Insane asylums in Bengal annual reports 1876-1887 - 1876-1887
Year: 1876
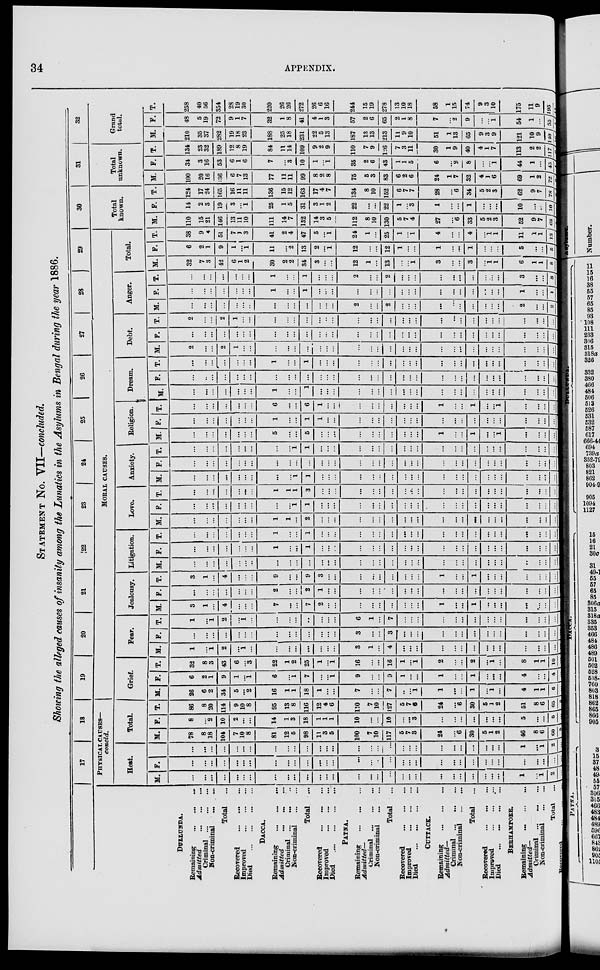
34
APPENDIX.
STATEMENT No. VII—concluded.
Showing the alleged causes of insanity among the Lunatics in the Asylums in Bengal during the year 1886.
DULLUNDA.
Remaining
...
...
...
Admitted
...
...
...
Criminal ... ... ...
Non-criminal
...
...
Total ...
Recovered
...
...
...
Improved
...
...
...
Died ... ... ... ...
DACCA.
Remaining
...
...
...
Admitted
...
...
...
Criminal ... ... ...
Non-criminal
...
...
Total ...
Recovered
...
...
...
Improved
...
...
...
Died
...
...
...
...
PATNA.
Remaining
...
...
...
Admitted—
Criminal ... ... ...
Non-criminal
...
...
Total ...
Recovered
...
...
...
Improved
...
...
...
Died
...
...
...
...
CUTTACK.
Remaining ... ... ...
Admitted—
Criminal ... ... ...
Non-criminal
...
...
Total ...
Recovered
...
...
...
Improved
...
...
...
Died
...
...
...
...
BERHAMPORE.
Remaining
...
...
...
Admitted—
Criminal ... ... ...
Non-criminal
...
...
Total ...
Recovered ... ...
17
18
PHYSICAL CAUSES—
concld.
Heat.
M.
...
...
...
...
...
...
...
...
...
...
...
...
...
...
...
...
...
...
...
...
...
...
...
...
...
...
...
...
1
...
1
2 ...
F.
...
...
...
...
...
...
...
...
...
...
...
...
...
...
...
...
...
...
...
...
...
...
...
...
...
...
...
...
...
...
...
...
...
T.
...
...
...
...
...
...
...
...
...
...
...
...
...
...
...
...
...
...
...
...
...
...
...
...
...
...
...
...
1
...
1
2 ...
Total.
M.
78
8
18
104
7
10
8
81
12
5
98
11
3
5
100
7
10
117
5
7
3
24
...
6
30
5
1
2
46
8
6
60
5
F
8
...
2
10
2
...
...
14
1
3
18
1
1
1
10
...
...
10
...
...
3
...
...
...
...
...
...
...
5
...
...
5
...
T.
86
8
20
114
9
10
8
95
13
8
116
12
4
6
110
7
10
127
5
7
6
24
...
6
30
5
1
2
51
8
6
65
5
19
20
21
22
23
24
25
26
27
28
29
MORAL CAUSES.
Grief.
M.
26
6
2
34
5
...
2
16
1
1
18
1
...
...
7
...
...
7
...
...
1
1
...
...
1
...
1
...
4
1
1
6
F
6
2
1
9
1
...
1
6
...
1
7
...
...
1
9
...
...
9
1
...
...
1
...
...
1
...
...
...
4
...
...
4
T.
32
8
3
43
6
...
3
22
1
2
25
1
...
1
16
...
...
16
1
...
1
2
...
...
2
...
1
...
8
1
1
10
Fear.
M.
1
...
1
2
...
1
...
...
...
...
...
...
...
...
3
1
...
4
...
...
...
...
...
...
...
...
...
...
...
...
...
...
F.
...
...
...
...
...
...
...
...
...
...
...
...
...
...
3
...
...
3
...
...
...
...
...
...
...
...
...
...
...
...
...
...
T.
1
...
1
2
...
1
...
...
...
...
...
...
...
...
6
1
...
7
...
...
...
...
...
...
...
...
...
...
...
...
...
...
Jealousy.
M.
3
1
...
4
...
...
...
7
...
...
7
2
...
...
...
...
...
...
...
...
...
1
...
...
1
...
...
...
...
...
...
...
F.
...
...
...
...
...
...
...
2
...
...
2
1
...
...
...
...
...
...
...
...
...
...
...
...
...
...
...
...
...
...
...
...
T.
3
1
...
4
...
...
...
9
...
...
9
3
...
...
...
...
...
...
...
...
...
1
...
...
1
...
...
...
...
...
...
...
Litigation.
M.
...
...
...
...
...
...
...
...
...
...
...
...
...
...
...
...
...
...
...
...
...
...
...
...
...
...
...
...
...
...
...
...
F.
...
...
...
...
...
...
...
1
...
...
1
...
...
...
...
...
...
...
...
...
...
...
...
...
...
...
...
...
...
...
...
...
T.
...
...
...
...
...
...
...
1
...
...
1
...
...
...
...
...
...
...
...
...
...
...
...
...
...
...
...
...
...
...
...
...
Love.
M.
...
...
...
...
...
...
...
1
1
...
2
...
...
...
...
...
...
...
...
...
...
...
...
...
...
...
...
...
...
...
...
...
F.
...
...
...
...
...
...
...
...
...
1
1
...
...
...
...
...
...
...
...
...
...
...
...
...
...
...
...
...
...
...
...
...
T.
...
...
...
...
...
...
1
1
1
3
...
...
...
...
...
...
...
...
...
...
...
...
...
...
...
...
...
...
...
...
...
Anxiety.
M.
...
...
...
...
...
...
...
...
...
1
1
...
...
...
...
...
...
...
...
...
...
...
...
...
...
...
...
...
...
...
...
...
F.
...
...
...
...
...
...
...
...
...
...
...
...
...
...
...
...
...
...
...
...
...
...
...
...
...
...
...
...
...
...
...
...
T.
...
...
...
...
...
...
...
...
...
1
1
...
...
...
...
...
...
...
...
...
...
...
...
...
...
...
...
...
...
...
...
...
Religion.
M.
...
...
...
...
...
...
...
5
...
...
5
...
...
...
...
...
...
...
...
...
...
1
...
...
1
...
...
1
...
...
...
...
F.
...
...
...
...
...
...
...
1
...
...
1
1
...
...
...
...
...
...
...
...
...
...
...
...
...
...
...
...
...
...
...
...
T.
...
...
...
...
...
...
...
6
...
...
6
1
...
...
...
...
...
...
...
...
...
1
...
...
1
...
...
1
...
...
...
...
Dream.
M.
...
...
...
...
...
...
...
1
...
...
1
...
...
...
...
...
...
...
...
...
...
...
...
...
...
...
...
...
...
...
...
...
F.
...
...
...
...
...
...
...
...
...
...
...
...
...
...
...
...
...
...
...
...
...
...
...
...
...
...
...
...
...
...
...
...
T.
...
...
...
...
...
...
...
1
...
...
1
...
...
...
...
...
...
...
...
...
...
...
...
...
...
...
...
...
...
...
...
...
Debt.
M.
2
...
...
2
1
...
...
...
...
...
...
...
...
...
...
...
...
...
...
...
...
...
...
...
...
...
...
...
...
...
...
...
F.
...
...
...
...
...
...
...
...
...
...
...
...
...
...
...
...
...
...
...
...
...
...
...
...
...
...
...
...
...
...
...
...
T.
2
...
...
2
1
...
...
...
...
...
...
...
...
...
...
...
...
...
...
...
...
...
...
...
...
...
...
...
...
...
...
...
Anger.
M.
...
...
...
...
...
...
...
...
...
...
...
...
...
...
2
...
...
2
...
...
...
...
...
...
...
...
...
...
2
...
...
2
F.
...
...
...
...
...
...
...
1
...
...
1
...
...
...
...
...
...
...
...
...
...
...
...
...
...
...
...
...
1
...
...
1
T.
...
...
...
...
...
...
...
1
...
...
1
...
...
...
2
...
...
2
...
...
...
...
...
...
...
...
...
...
3
...
...
3
Total.
M.
32
7
3
42
6
1
2
30
2
2
34
3
...
...
12
1
...
13
...
...
1
3
...
...
3
...
1
1
6
1
1
8
F.
6
2
1
9
1
...
1
11
...
2
13
2
...
1
12
...
...
12
1
...
...
1
...
...
1
...
...
...
5
...
...
5
T.
38
9
4
51
7 1
3
41
2
4
47
5
...
1
24
1
...
25
1
...
1
4
...
...
4
...
1
1
11
1
1
13
30
Total
known.
M.
110
15
21
146
13
11
10
111
14
7
132
14
3
5
112
8
10
130
5
7
4
27
...
6
33
5
2
3
52
9
7
68
F.
14
2
3
19
3
...
1
25
1
5
31
3
1
2
22
...
...
22
1
...
3
1
...
...
1
...
...
...
10
...
...
10
T.
124
17
24
165
16
11
11
136
15
12
163
17
4
7
134
8
10
152
6
7
7
28
...
6
34
5
2
3
62
9
7
78
31
Total
unknown.
M.
100
20
16
136
6
7
13
77
11
11
99
8
2
8
75
5
3
83
6
2
6
24
1
7
32
4
1
6
69
1
2
72
F.
34
3
16
53
6
1
6
7
...
3
10
1
...
1
35
2
6
43
1
1
5
6
...
2
8
...
...
1
44
1
...
45
T.
134
23
32
189
12
8
19
84
11
14
109
9
2
9
110
7
9
126
7
3
11
30
1
9
40
4
1
7
113
2
2
117
32
Grand
total.
M.
210
35
37
282
19
18
23
188
25
18
231
22
5
13
187
13
13
213
11
9
10
51
1
13
65
9
3
9
121
10
9
140
F.
48
5
19
72
9
1
7
32
1
8
41
4
1
3
57
2
6
65
2
1
8
7
...
2
9
...
...
1
54
1
...
55
T.
258
40
56
354
28
19
30
220
26
26
272
26
6
16
244
15
19
278
13
10
18
58
1
15
74
9
3
10
175
11
9
195